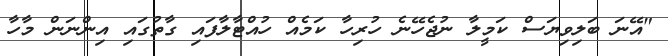
"އޭނަ ބަލިވިޔަސް ކަމީލާ ނުޖެހޭނެ ހުރިހާ ކަމެއް ހުއްޓާލާފައި ގާތުގައި އިންނަން މާހާ